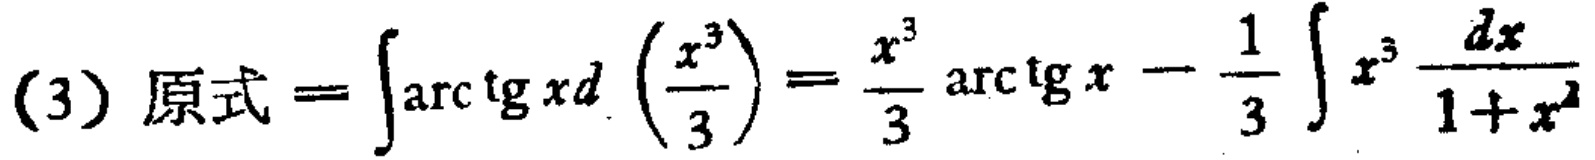
(3) 原式 \(=\int\mathrm{arc}\tg xd\left(\frac{x^{3}}{3}\right)=\frac{x^{3}}{3}\mathrm{arc}\tg x - \frac{1}{3}\int x^{3}\frac{dx}{1 + x^{2}}\)